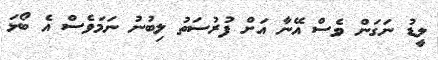
ލީޑު ނަގަން ވެސް އޭނާ އަށް ފުރުސަތު ލިބުނު ނަމަވެސް އެ ބޯޅަ